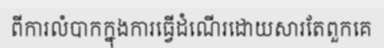
ពីការលំបាកក្នុងការធ្វើដំណើរដោយសារតែពួកគេ